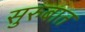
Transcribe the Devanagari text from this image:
सुरुबात